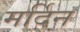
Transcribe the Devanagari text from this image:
मर्दिन